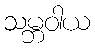
သမ္ဘဝါယ